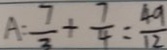
A = \frac { 7 } { 3 } + \frac { 7 } { 4 } = \frac { 4 9 } { 1 2 }